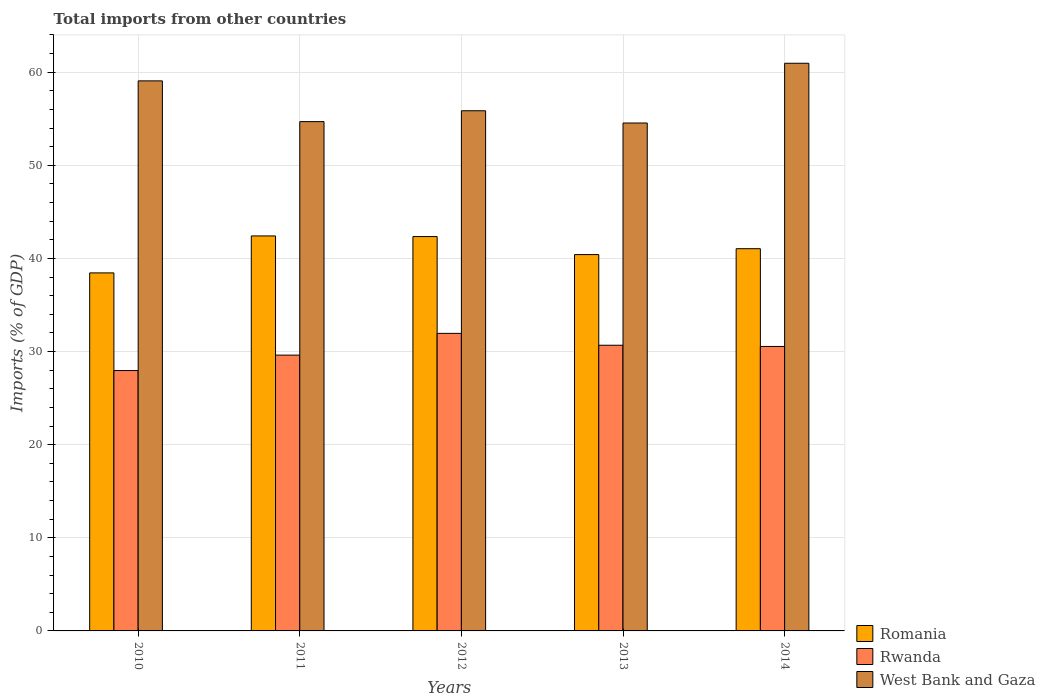
| Years | Romania | Rwanda | West Bank and Gaza |
 | --- | --- | --- | --- |
 | 2010 | 38.4 | 28 | 59.1 |
 | 2011 | 42.4 | 29.6 | 54.7 |
 | 2012 | 42.3 | 32 | 55.9 |
 | 2013 | 40.4 | 30.7 | 54.5 |
 | 2014 | 41 | 30.5 | 61 |